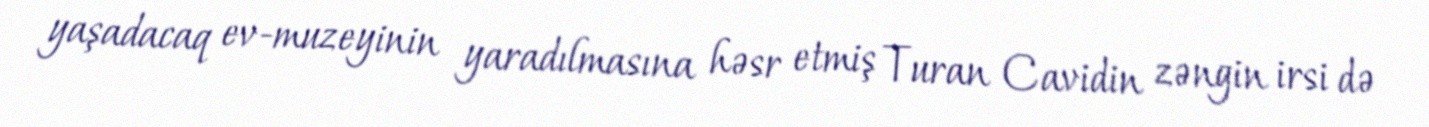
yaşadacaq ev-muzeyinin yaradılmasına həsr etmiş Turan Cavidin zəngin irsi də